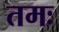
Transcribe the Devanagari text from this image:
तमः